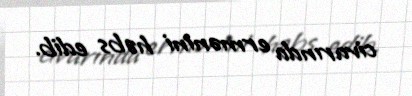
civarında ermənini həbs edib.